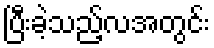
ပြီးခဲ့သည့်လအတွင်း